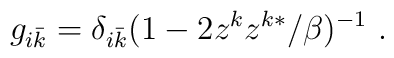
g_{i\bar {k}}=\delta _{i\bar{k}}(1-2z^kz^{k*}/\beta )^{-1}\ .